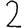
Digit: 2